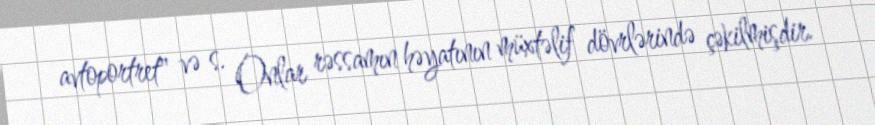
avtoportret" və s. Onlar rəssamın həyatının müxtəlif dövrlərində çəkilmişdir.